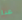
عدا